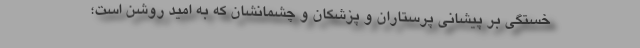
خستگی بر پیشانی پرستاران و پزشکان و چشمانشان که به امید روشن است؛